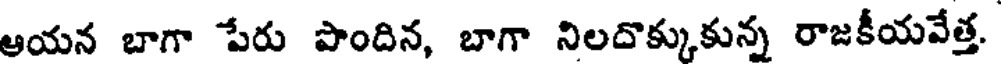
ఆయన బాగా పేరు పొందిన, బాగా నిలదొక్కుకున్న రాజకీయవేత్త.